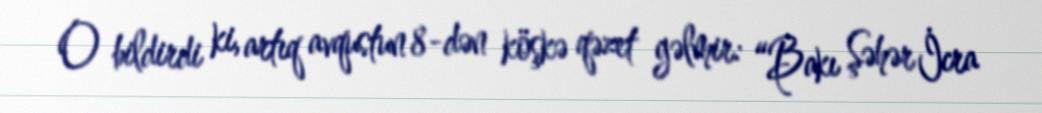
O bildirdi ki, artıq avqustun 8-dən köşkə qəzet gəlmir: “Bakı Şəhər İcra